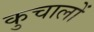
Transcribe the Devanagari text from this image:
कुचालों